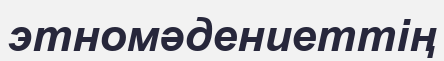
этномәдениеттің